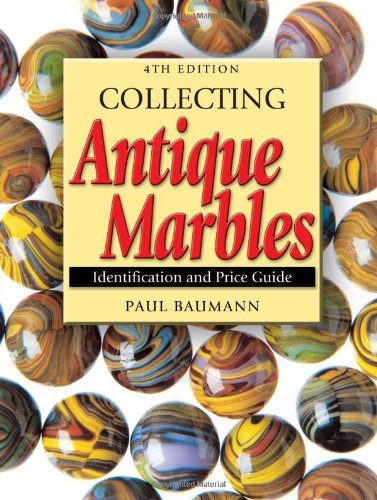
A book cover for Collecting Antique Marbles: Identification and Price Guide; Paul Baumann; Crafts, Hobbies & Home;